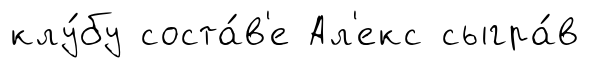
клу́бу соста́в'е Ал'екс сыгра́в